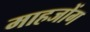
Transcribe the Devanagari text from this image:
माहजोंग